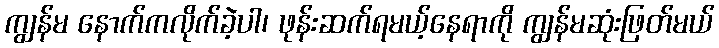
ကျွန်မ နောက်ကလိုက်ခဲ့ပါ၊ ဖုန်းဆက်ရမယ့်နေရာကို ကျွန်မဆုံးဖြတ်မယ်